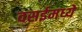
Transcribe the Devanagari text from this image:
वसईमध्ये